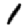
Digit: 1